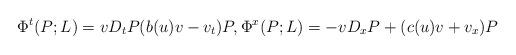
LaTeX: \begin{align*}\Phi^t(P;L) = vD_t P (b(u) v - v_t)P,\Phi^x(P;L) = -vD_x P + (c(u) v +v_x)P\end{align*}